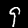
Label: 9